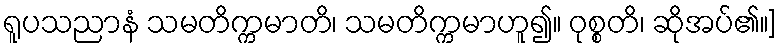
ရူပသညာနံ သမတိက္ကမာတိ၊ သမတိက္ကမာဟူ၍။ ဝုစ္စတိ၊ ဆိုအပ်၏။]